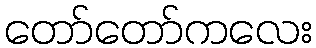
တော်တော်ကလေး